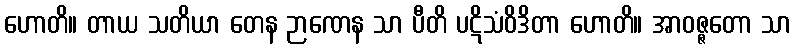
ဟောတိ။ တာယ သတိယာ တေန ဉာဏေန သာ ပီတိ ပဋိသံဝိဒိတာ ဟောတိ။ အာဝဇ္ဇတော သာ